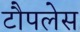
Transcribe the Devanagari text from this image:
टौपलेस